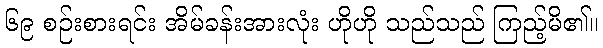
၆၉ စဉ်းစားရင်း အိမ်ခန်းအားလုံး ဟိုဟို သည်သည် ကြည့်မိ၏။